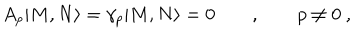
A _ { p } | M , N \rangle = \gamma _ { p } | M , N \rangle = 0 \qquad , \qquad p \neq 0 \ ,